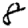
Digit: 8